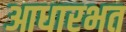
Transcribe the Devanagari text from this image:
आधारभत